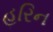
હરિન